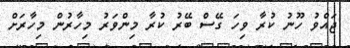
ޖައްވު ހޫނު ކުރާ ވިހަ ގޭސް ބޭރު ކުރާ މިންވަރު މިހާރުން މިހާރަށް